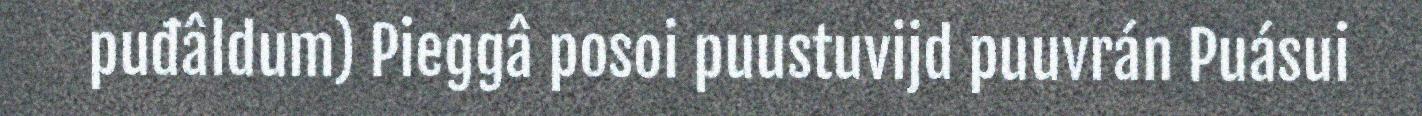
puđâldum) Pieggâ posoi puustuvijd puuvrán Puásui